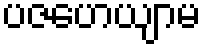
ပဇဟေယျာမ